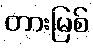
တားမြစ်